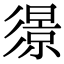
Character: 𢒬